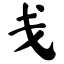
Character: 戋